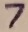
Text: 7